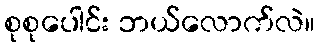
စုစုပေါင်း ဘယ်လောက်လဲ။